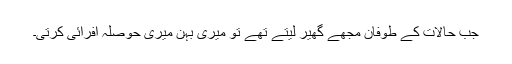
جب حالات کے طوفان مجھے گھیر لیتے تھے تو میری بہن میری حوصلہ افرائی کرتی۔